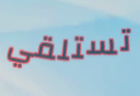
تستلقي